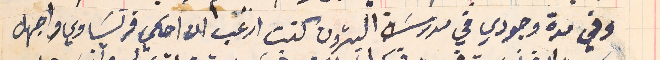
وفي مدة وجودي في مدرسَة البترون كنت ارغب ان احكي فرنسَاوي واجهل